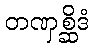
တဏှစ္ဆိဒံ